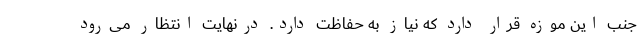
جنب این موزه قرار دارد که نیاز به حفاظت دارد. درنهایت انتظار می‌رود